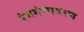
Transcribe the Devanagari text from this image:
रंगमंचावरच